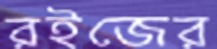
রইজের